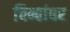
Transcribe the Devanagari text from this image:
चिन्हांवर